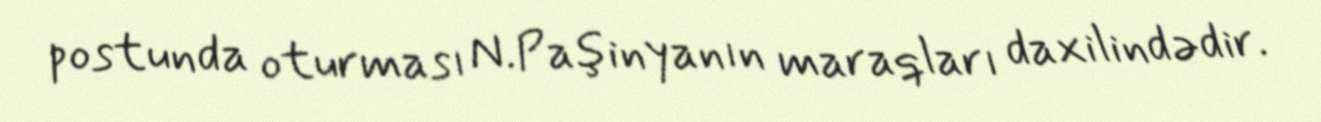
postunda oturması N.Paşinyanın maraqları daxilindədir.